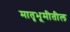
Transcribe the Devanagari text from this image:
मातृभूमीतील